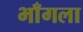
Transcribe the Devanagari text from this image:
भाँगला